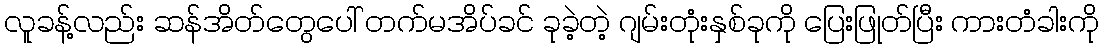
လူခန့်လည်း ဆန်အိတ်တွေပေါ် တက်မအိပ်ခင် ခုခဲ့တဲ့ ဂျမ်းတုံးနှစ်ခုကို ပြေးဖြုတ်ပြီး ကားတံခါးကို